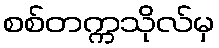
စစ်တက္ကသိုလ်မှ